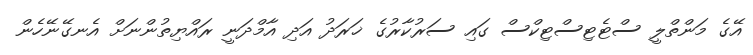
އޭގެ މަންތްލީ ސްޓެޓިސްޓިކްސް ގައި ސަރުކާރުގެ ޚަރަދު އަދި އާމްދަނީ ރައްޔިތުންނަށް އެނގޭނޭހެން